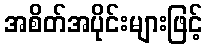
အစိတ်အပိုင်းများဖြင့်